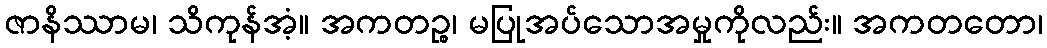
ဇာနိဿာမ၊ သိကုန်အံ့။ အကတဉ္စ၊ မပြုအပ်သောအမှုကိုလည်း။ အကတတော၊